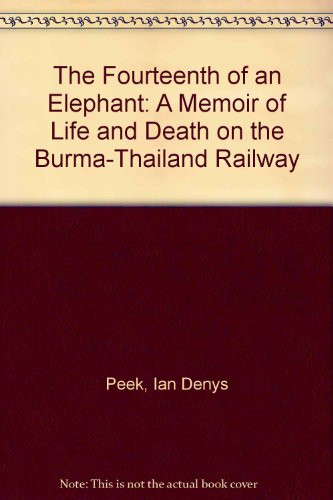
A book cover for One Fourteenth Of An Elephant; Ian Denys Peek; History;